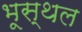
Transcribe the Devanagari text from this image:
भूस्थल